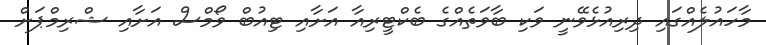
މާހައުލެއްގައި ދިރިއުޅެވޭނީ ވަކި ބާވަތެއްގެ ބެކްޓީރިއާ އަށާއި ޓިއުބް ވޯމްސް އަށާއި ޝްރިމްޕަށް